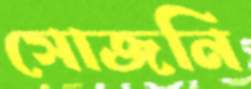
সোজনি